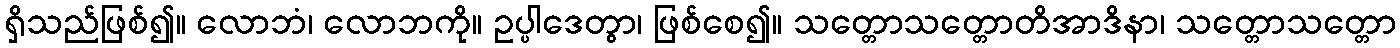
ရှိသည်ဖြစ်၍။ လောဘံ၊ လောဘကို။ ဥပ္ပါဒေတွာ၊ ဖြစ်စေ၍။ သတ္တောသတ္တောတိအာဒိနာ၊ သတ္တောသတ္တော